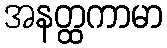
အနတ္ထကာမာ